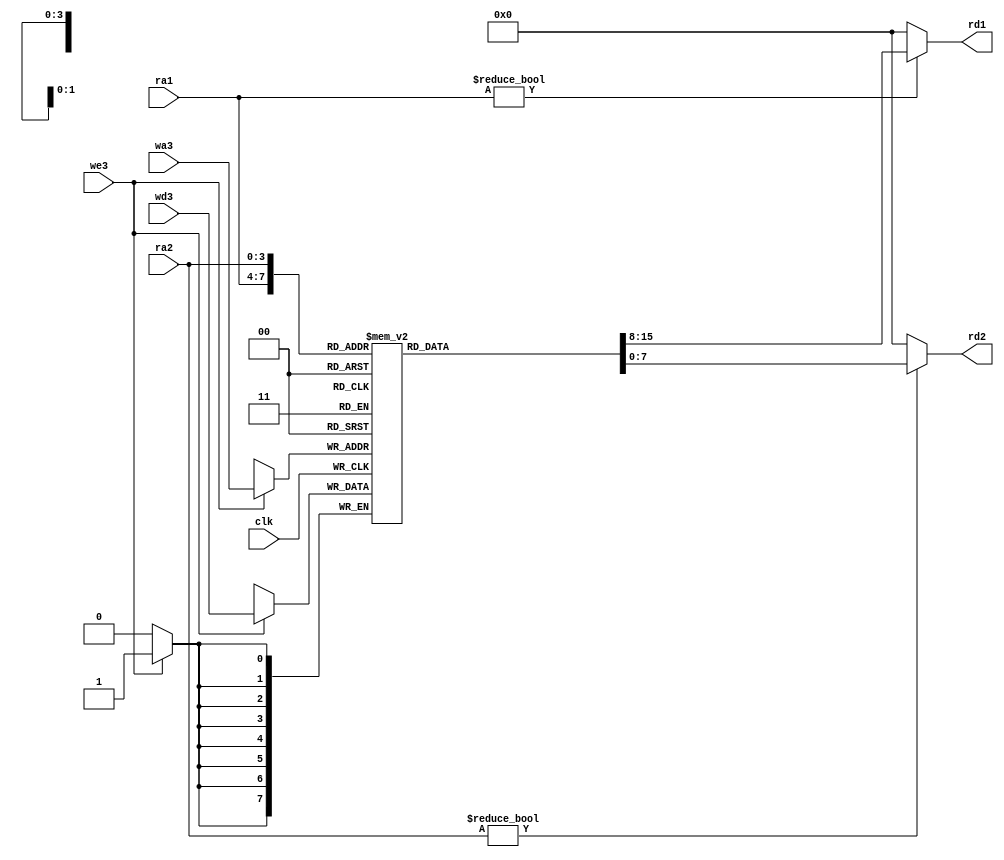
//Componentes varios

//Banco de registros de dos salidas y una entrada
module regfile(input  wire        clk, 
               input  wire        we3,           //seal de habilitacin de escritura
               input  wire [3:0]  ra1, ra2, wa3, //direcciones de regs leidos y reg a escribir
               input  wire [7:0]  wd3, 			 //dato a escribir
               output wire [7:0]  rd1, rd2);     //datos leidos

  reg [7:0] regb[0:15]; //memoria de 16 registros de 8 bits de ancho

  // El registro 0 siempre es cero
  // se leen dos reg combinacionalmente
  // y la escritura del tercero ocurre en flanco de subida del reloj
  always @(posedge clk)
    if (we3) regb[wa3] <= wd3;	
  
  assign rd1 = (ra1 != 0) ? regb[ra1] : 8'b00000000;
  assign rd2 = (ra2 != 0) ? regb[ra2] : 8'b00000000;
endmodule

//modulo sumador  
module sum(input  wire [9:0] a, b,
             output wire [9:0] y);

  assign y = a + b;
endmodule

//modulo de registro para modelar el PC, cambia en cada flanco de subida de reloj o de reset
module registro #(parameter WIDTH = 8)
              (input  wire             clk, reset,
               input  wire [WIDTH-1:0] d, 
               output reg  [WIDTH-1:0] q);

  always @(posedge clk, posedge reset)
    if (reset) q <= 0;
    else       q <= d;
endmodule



module retorno_reg #(parameter WIDTH = 10)
              (input  wire             swe, reset,
               input  wire [WIDTH-1:0] d, 
               output reg  [WIDTH-1:0] q);

  always @(posedge swe, posedge reset)
    if (reset) q <= 0;
    else       q <= d;
endmodule


// module retorno_reg #(parameter WIDTH = 10)
//               (input  wire             push, pop, reset,
//                input  wire [WIDTH-1:0] d, 
//                output reg  [WIDTH-1:0] q);

//   always @(posedge swe, posedge reset)
//     if (reset) q <= 0;
//     else       q <= d;
// endmodule




//modulo multiplexor, cos s=1 sale d1, s=0 sale d0
module mux1 #(parameter WIDTH = 10)
             (input  wire [WIDTH-1:0] d0, d1, 
              input  wire             s, 
              output wire [WIDTH-1:0] y);

  assign y = s ? d1 : d0; 
endmodule


//modulo multiplexor, cos s=1 sale d1, s=0 sale d0
module mux2 #(parameter WIDTH = 8)
             (input  wire [WIDTH-1:0] d0, d1, 
              input  wire             s, 
              output wire [WIDTH-1:0] y);

  assign y = s ? d1 : d0; 
endmodule


/// ENTRADA/SALIDA

//modulo de registro activable de E/S
module reg_e #(parameter WIDTH = 8)
              (input  wire             clk, reset, rwe,
               input  wire [WIDTH-1:0] d, 
               output reg  [WIDTH-1:0] q);

  //$display("******: %d", d);

  always @(posedge clk, posedge reset)
  // always @(*)
    if (reset) q <= 0;
    else if (rwe) q <= d;
endmodule


//modulo multiplexor de entrada 4-1 al MicroC
module mux_in #(parameter WIDTH = 8)
             (input  wire [WIDTH-1:0] d0, d1, d2, d3, 
              input  wire [1:0]            s, 
              output wire [WIDTH-1:0] y);

    reg [7:0] aux;

    always @(d0,d1,d2,d3,s)
    begin
      case (s)              
        2'b00: aux = d0;
        2'b01: aux = d1;
        2'b10: aux = d2;
        2'b11: aux = d3;
        default: aux = 8'bxxxxxxxx; //desconocido en cualquier otro caso (x  z), por si se modifica el cdigo
      endcase
    end                 

  assign y = aux; 
endmodule


//modulo multiplexor de entrada 2-4 del MicroC
module mux_out #(parameter WIDTH = 8)
             (input  wire [WIDTH-1:0] e0, e1, 
              input  wire             s, enable, 
              input  wire [1:0]       reg_, 
              output reg [WIDTH-1:0] d0, d1, d2, d3 );

  // wire [7:0] aux;   
  // assign aux = s ? e1 : e0;

  // always @(reg_,aux)

  // always @(posedge enable)
  // begin
  //   if (enable)
  //   begin
  //     case (reg_)
  //       2'b00: d0 = (s) ? e1 : e0;
  //       2'b01: d1 = (s) ? e1 : e0;
  //       2'b10: d2 = (s) ? e1 : e0;
  //       2'b11: d3 = (s) ? e1 : e0;
  //     endcase
  //   end
  // end

  wire [7:0] aux;
  assign aux = s ? e1 : e0;
  always @(reg_,aux)
  begin
    case (reg_)
      2'b00: d0 = aux;
      2'b01: d1 = aux;
      2'b10: d2 = aux;
      2'b11: d3 = aux;
      //default: d0 = 'bx; d1 = 'bx; d2 = 'bx; d3 = 'bx;//desconocido en cualquier otro caso (x  z), por si se modifica el cdigo
    endcase
  end


endmodule